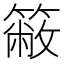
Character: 𥳆